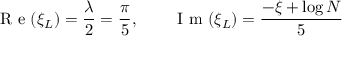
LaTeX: \textrm { R e } ( \xi _ { L } ) = { \frac { \lambda } { 2 } } = { \frac { \pi } { 5 } } , \qquad \textrm { I m } ( \xi _ { L } ) = \frac { - \xi + \log N } { 5 }